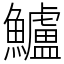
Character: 鱸